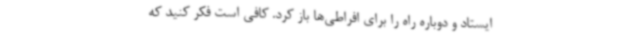
ایستاد و دوباره راه را برای افراطی‌ها باز کرد. کافی است فکر کنید که